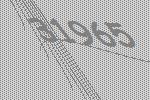
31965